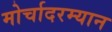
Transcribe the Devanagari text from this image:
मोर्चादरम्यान